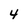
Character: 4